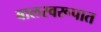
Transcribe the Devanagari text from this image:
बालस्वरूपात